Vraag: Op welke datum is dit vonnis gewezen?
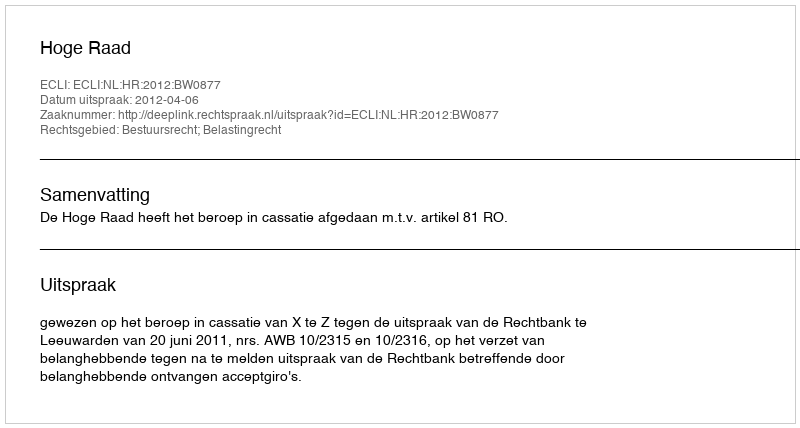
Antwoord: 2012-04-06